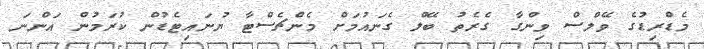
މެޑްރިޑުގެ ވޭލްސް ވިންގާ ގެރެތު ބޭލް ގެނައުމަށް މެންޗެސްޓާ ޔުނައިޓެޑުން ކުރަމުން އަންނަ